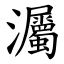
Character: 灟